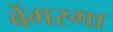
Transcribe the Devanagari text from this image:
बेंगरगा